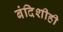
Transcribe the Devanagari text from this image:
बंदिशीही